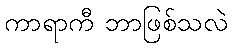
ကာရာကီ ဘာဖြစ်သလဲ